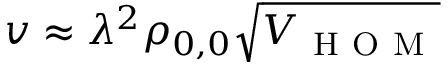
v \approx \lambda ^ { 2 } \rho _ { 0 , 0 } \sqrt { V _ { \mathrm { ~ H ~ O ~ M ~ } } }